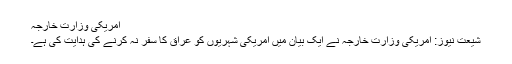
امریکی وزارت خارجہ
شیعت نیوز: امریکی وزارت خارجہ نے ایک بیان میں امریکی شہریوں کو عراق کا سفر نہ کرنے کی ہدایت کی ہے۔